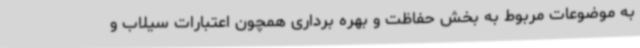
به موضوعات مربوط به بخش حفاظت و بهره برداری همچون اعتبارات سیلاب و